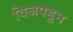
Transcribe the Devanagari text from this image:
विजपडून